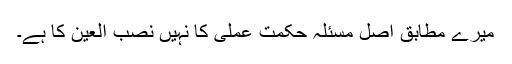
میرے مطابق اصل مسئلہ حکمت عملی کا نہیں نصب العین کا ہے۔